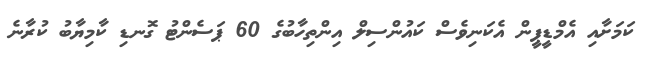
ކަމަށާއި އެމްޑީޕީން އެކަނިވެސް ކައުންސިލް އިންތިހާބުގެ 60 ޕަސެންޓު ގޮނޑި ކާމިޔާބު ކުރާނެ